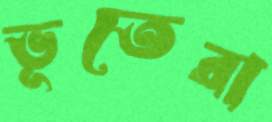
ভূতেরা